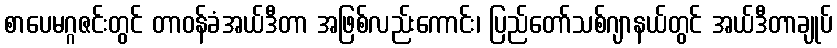
စာပေမဂ္ဂဇင်းတွင် တာဝန်ခံအယ်ဒီတာ အဖြစ်လည်းကောင်း၊ ပြည်တော်သစ်ဂျာနယ်တွင် အယ်ဒီတာချုပ်